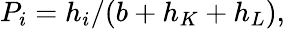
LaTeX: P_{i}=h_{i}/(b+h_{K}+h_{L}),